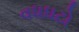
વધઘટો